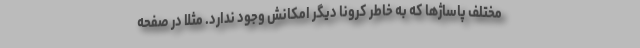
مختلف پاساژ‌ها که به خاطر کرونا دیگر امکانش وجود ندارد. مثلا در صفحه